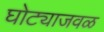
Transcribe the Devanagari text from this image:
घोट्याजवळ